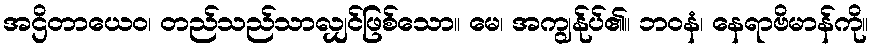
အဌိတာယေဝ၊ တည်သည်သာလျှင်ဖြစ်သော။ မေ၊ အကျွန်ုပ်၏။ ဘဝနံ၊ နေရာဗိမာန်ကို။